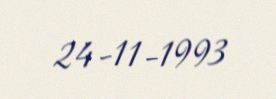
24-11-1993